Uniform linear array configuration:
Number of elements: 12
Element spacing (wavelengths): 0.75
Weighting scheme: blackman
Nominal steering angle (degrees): -15
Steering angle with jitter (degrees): -16.48
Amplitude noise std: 0.05
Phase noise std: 0.05

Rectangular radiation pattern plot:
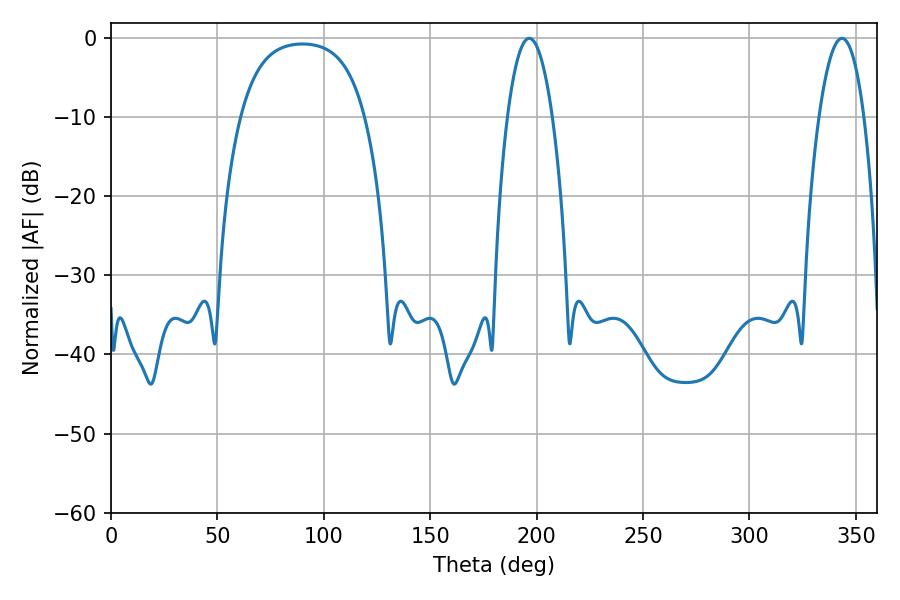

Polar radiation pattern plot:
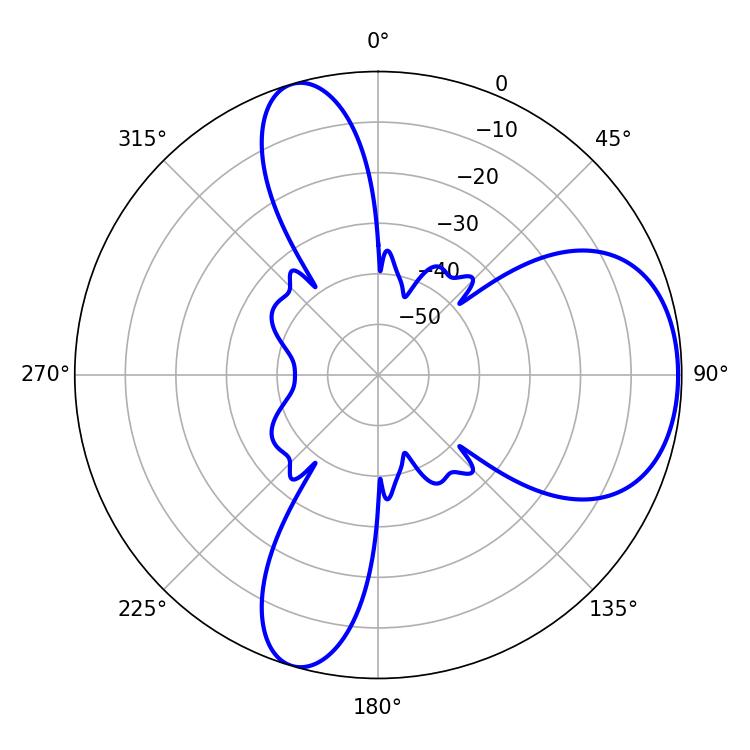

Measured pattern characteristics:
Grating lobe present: TRUE
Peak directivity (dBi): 6.509
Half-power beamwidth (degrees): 11.7
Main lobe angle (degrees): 196.56